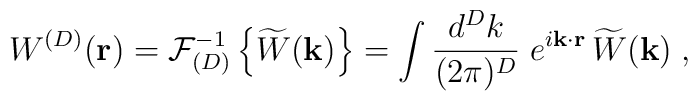
W^{({D})}({\bf r})= {\mathcal F}_{({D})}^{-1} \left\{\widetilde{W}({\bf k})  \right\}=\int \frac{ d^{{D}} k }{(2\pi)^{{D}}}\; e^{i{\bf k} \cdot {\bf r}}\, \widetilde{W}({\bf k})\;  ,